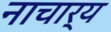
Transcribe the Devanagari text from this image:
नाचार्य